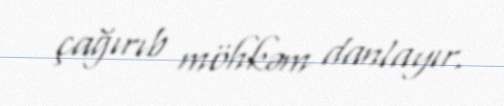
çağırıb möhkəm danlayır.